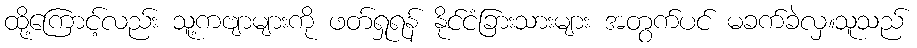
ထို့ကြောင့်လည်း သူ့ကဗျာများကို ဖတ်ရှုရန် နိုင်ငံခြားသားများ အတွက်ပင် မခက်ခဲလှ။သူသည်